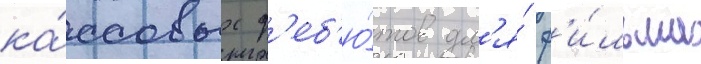
ка́ссовых д'еб'ю́тов дл'я́ ф'и́льма